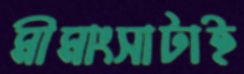
মীমাংসাটাই